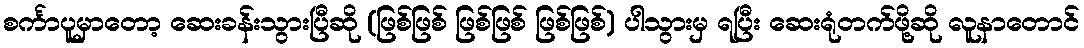
စင်္ကာပူမှာတော့ ဆေးခန်းသွားပြီဆို (ဖြစ်ဖြစ် ဖြစ်ဖြစ် ဖြစ်ဖြစ်) ပါသွားမှ ရပြီး ဆေးရုံတက်ဖို့ဆို လူနာတောင်